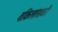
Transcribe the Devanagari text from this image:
वकिलांसाठी